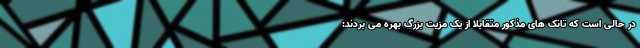
در حالی است که تانک های مذکور متقابلا از یک مزیت بزرگ بهره می بردند: